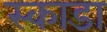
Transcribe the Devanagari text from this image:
स्काडा